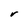
Character: r